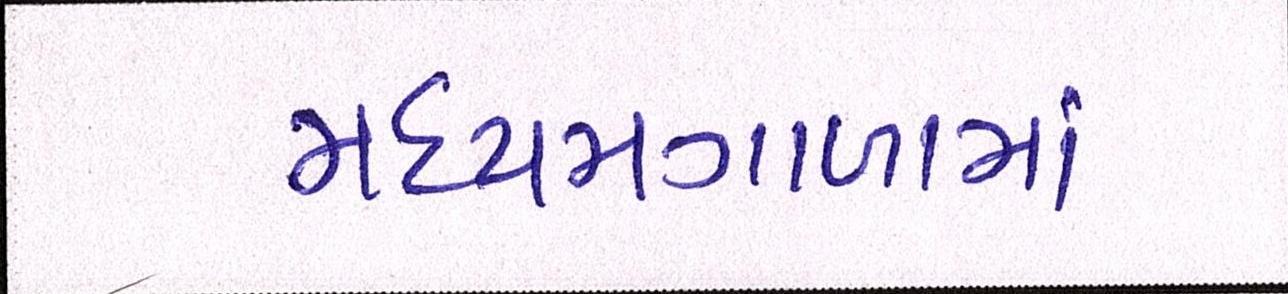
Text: મધ્યમગાળામાં